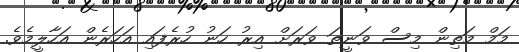
މަމް މަތިން މިސް ވަނީތަ ވަރަށް އިރު ހަނު ހުރެފައި އަހަރެން އަހާލީމެވެ.